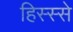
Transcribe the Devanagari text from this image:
हिस्‍स्‍से